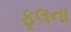
ફૂલના